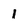
Character: 1